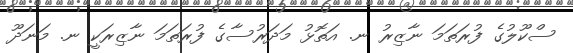
ސްކޫލުގެ ފުރަތަމަ ނާޒިރު ނ. އަތޮޅު މަދަރުސާގެ ފުރަތަމަ ނާޒިރަކީ ނ. މަނަދޫ